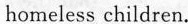
homeless children.